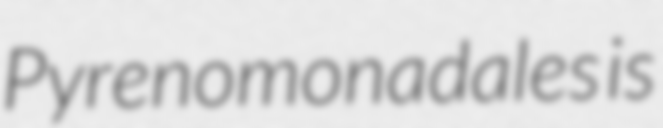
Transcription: Pyrenomonadales is